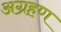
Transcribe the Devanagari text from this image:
अग्रहण